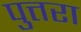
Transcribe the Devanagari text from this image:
पुत्तरा